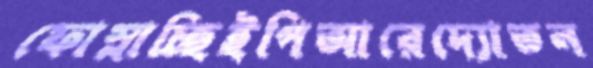
ফোস্‌লাচ্ছিইপিআরেদ্যোতন